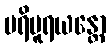
ပရိပူရယန္တော